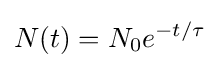
N(t)=N_{0}e^{-t/\tau }